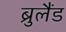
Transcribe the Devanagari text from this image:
ब्रुलैंड